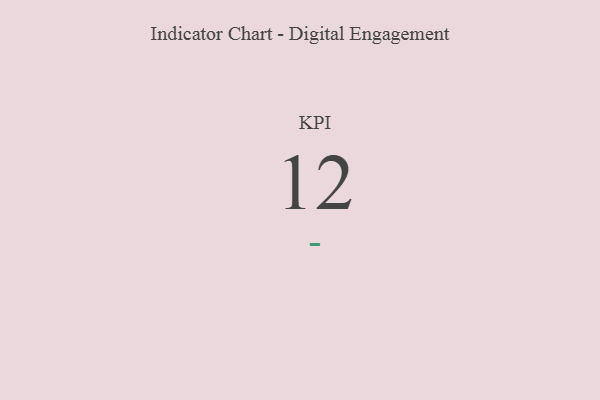
{"axis": {"x": "KPI", "y": "Value"}, "legend": [""], "data": [{"x": "KPI", "y": 12, "type": ""}]}